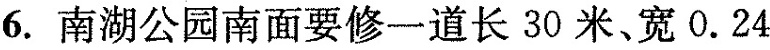
6.南湖公园南面要修一道长30米、宽0.24